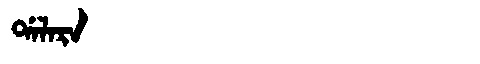
Manchu: ᡩᠠᠯᠠᡵᠠ
Romanization: DALARA